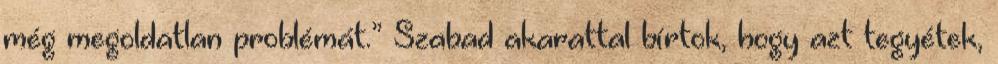
még megoldatlan problémát.” Szabad akarattal bírtok, hogy azt tegyétek,